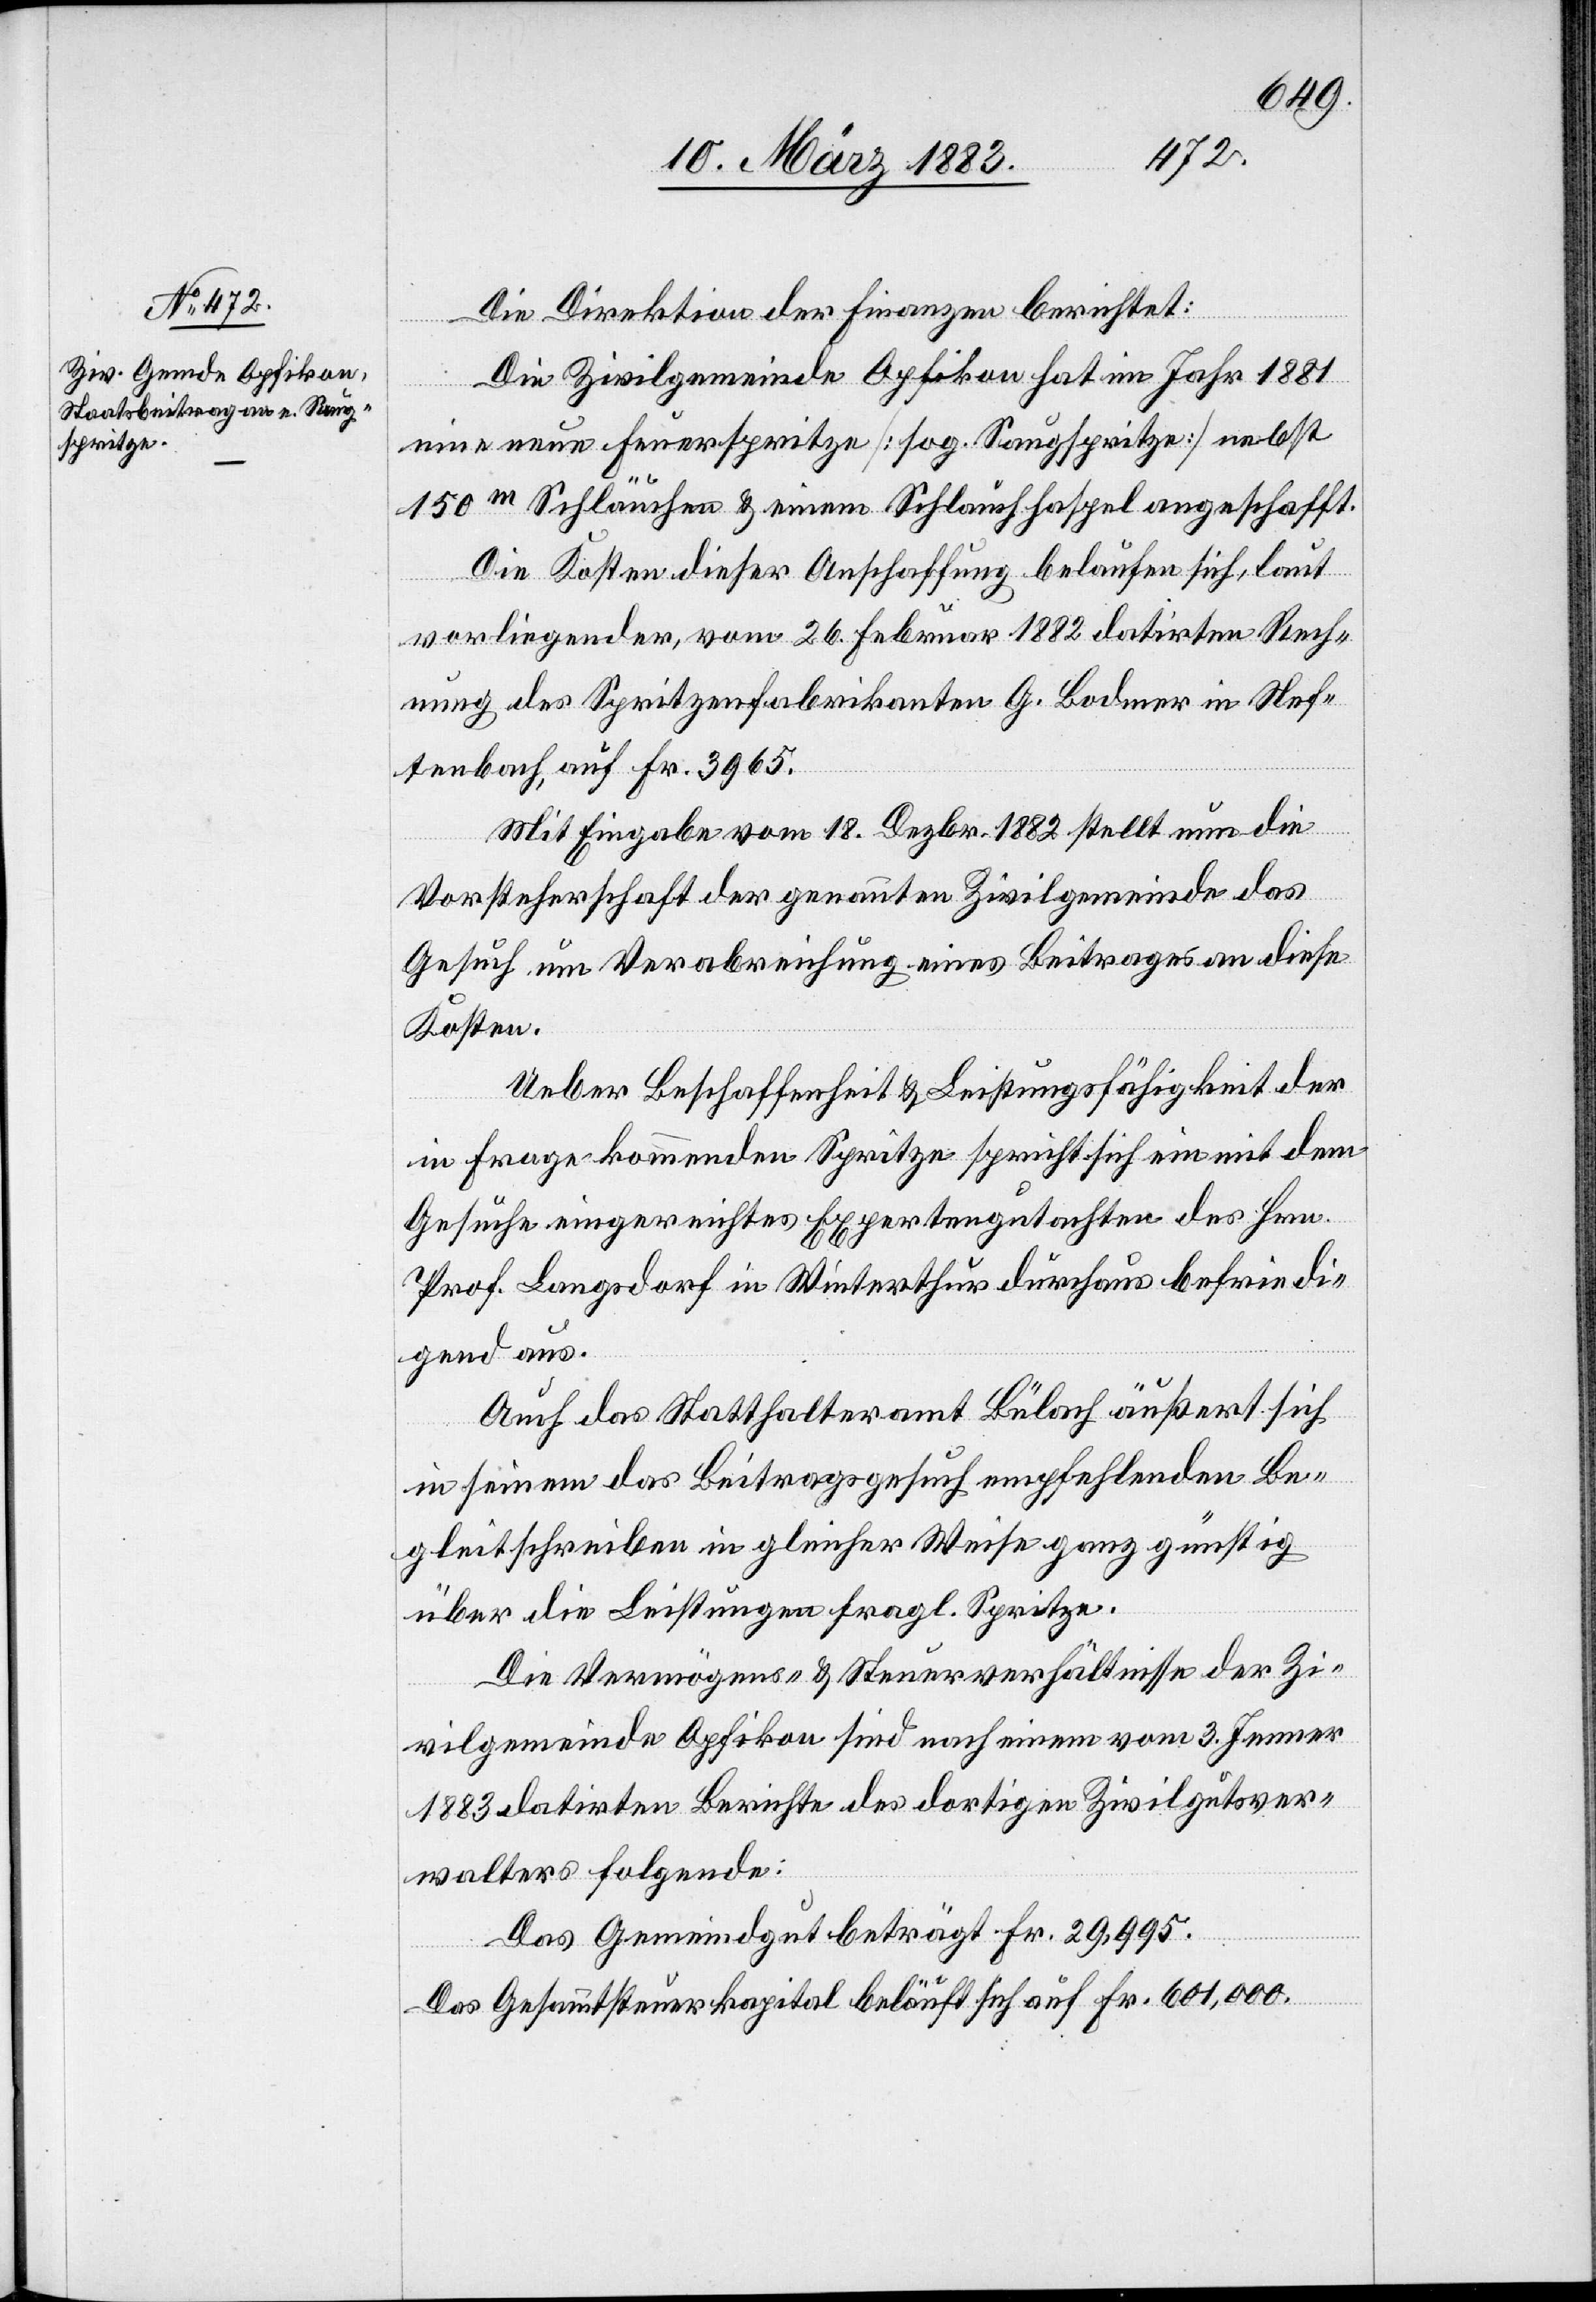
spritzen

1879
22.
können
Kosten
Die Vermögens- & Steuerverhältnisse der G¬
Feuer¬
Das Gemeindgut beträgt Fr. 30,914
Das Gesammtsteuerkapital betrug [1881] Fr. 6,708,600.